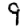
Digit: 9